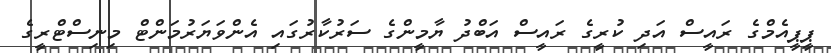
ޕީޕީއެމްގެ ރައީސް އަދި ކުރީގެ ރައީސް އަބްދު ޔާމީންގެ ސަރުކާރުގައި އެންވަޔަރުމަންޓް މިނިސްޓްރީގެ